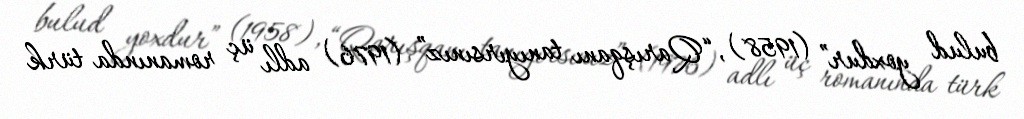
bulud yoxdur” (1958), “Qarışqanı tanıyırsınız” (1976) adlı üç romanında türk